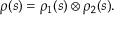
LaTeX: \rho ( s ) = \rho _ { 1 } ( s ) \otimes \rho _ { 2 } ( s ) .